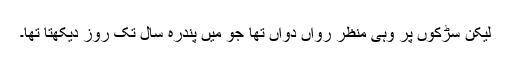
لیکن سڑکوں پر وہی منظر رواں دواں تھا جو مَیں پندرہ سال تک روز دیکھتا تھا۔